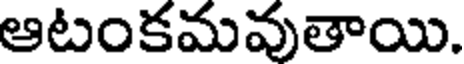
ఆటంకమవుతాయి.